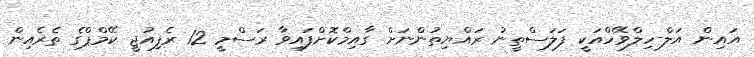
އައިން އަލް-ހިލްވޭހްއަކީ ފަލަސްތީނު ރައްޔިތުންނަށް ގާއިމްކޮށްފައިވާ ރަސްމީ 12 ރެފިއުޖީ ކޭމްޕްގެ ތެރެއިން